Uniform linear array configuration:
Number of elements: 48
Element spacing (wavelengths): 1
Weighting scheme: binomial
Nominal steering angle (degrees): -45
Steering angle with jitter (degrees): -45.452
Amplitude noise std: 0.05
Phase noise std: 0.05

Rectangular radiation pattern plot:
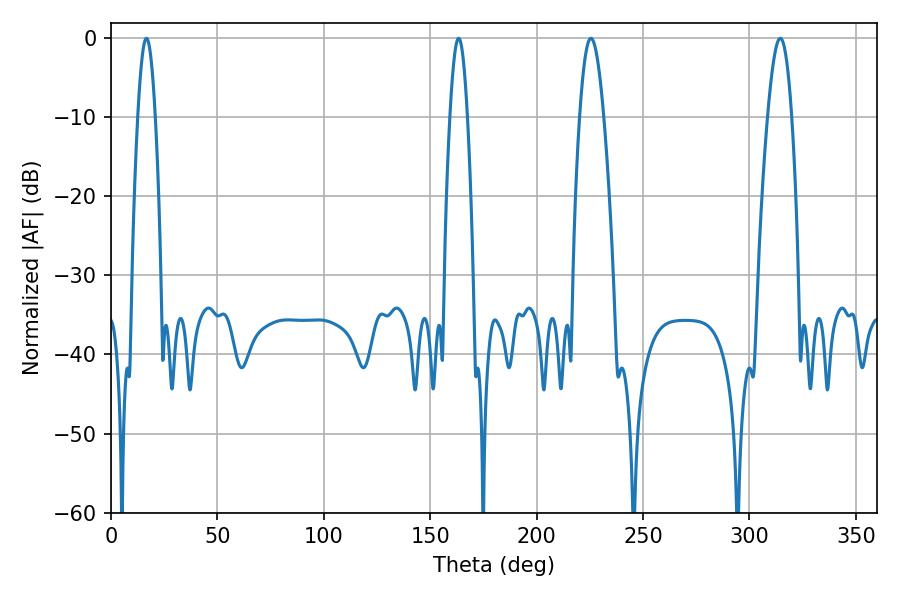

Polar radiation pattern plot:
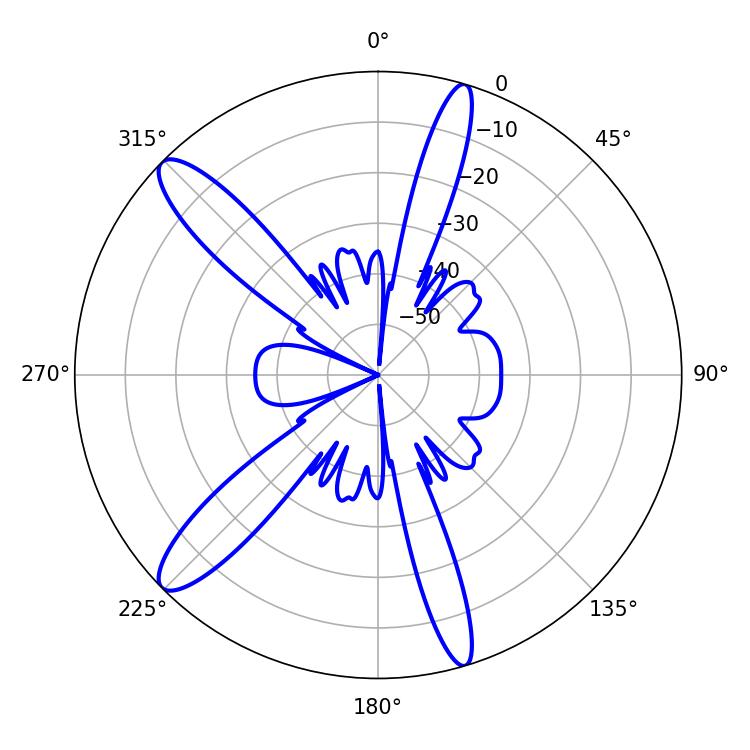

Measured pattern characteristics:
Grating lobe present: TRUE
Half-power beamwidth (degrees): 6.12
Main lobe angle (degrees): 225.54